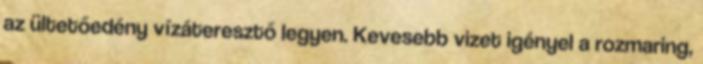
az ültetőedény vízáteresztő legyen. Kevesebb vizet igényel a rozmaring,